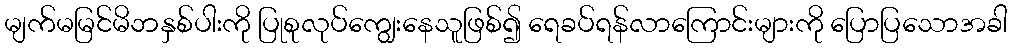
မျက်မမြင်မိဘနှစ်ပါးကို ပြုစုလုပ်ကျွေးနေသူဖြစ်၍ ရေခပ်ရန်လာကြောင်းများကို ပြောပြသောအခါ